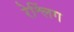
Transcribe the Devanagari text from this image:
रेश्लिंग